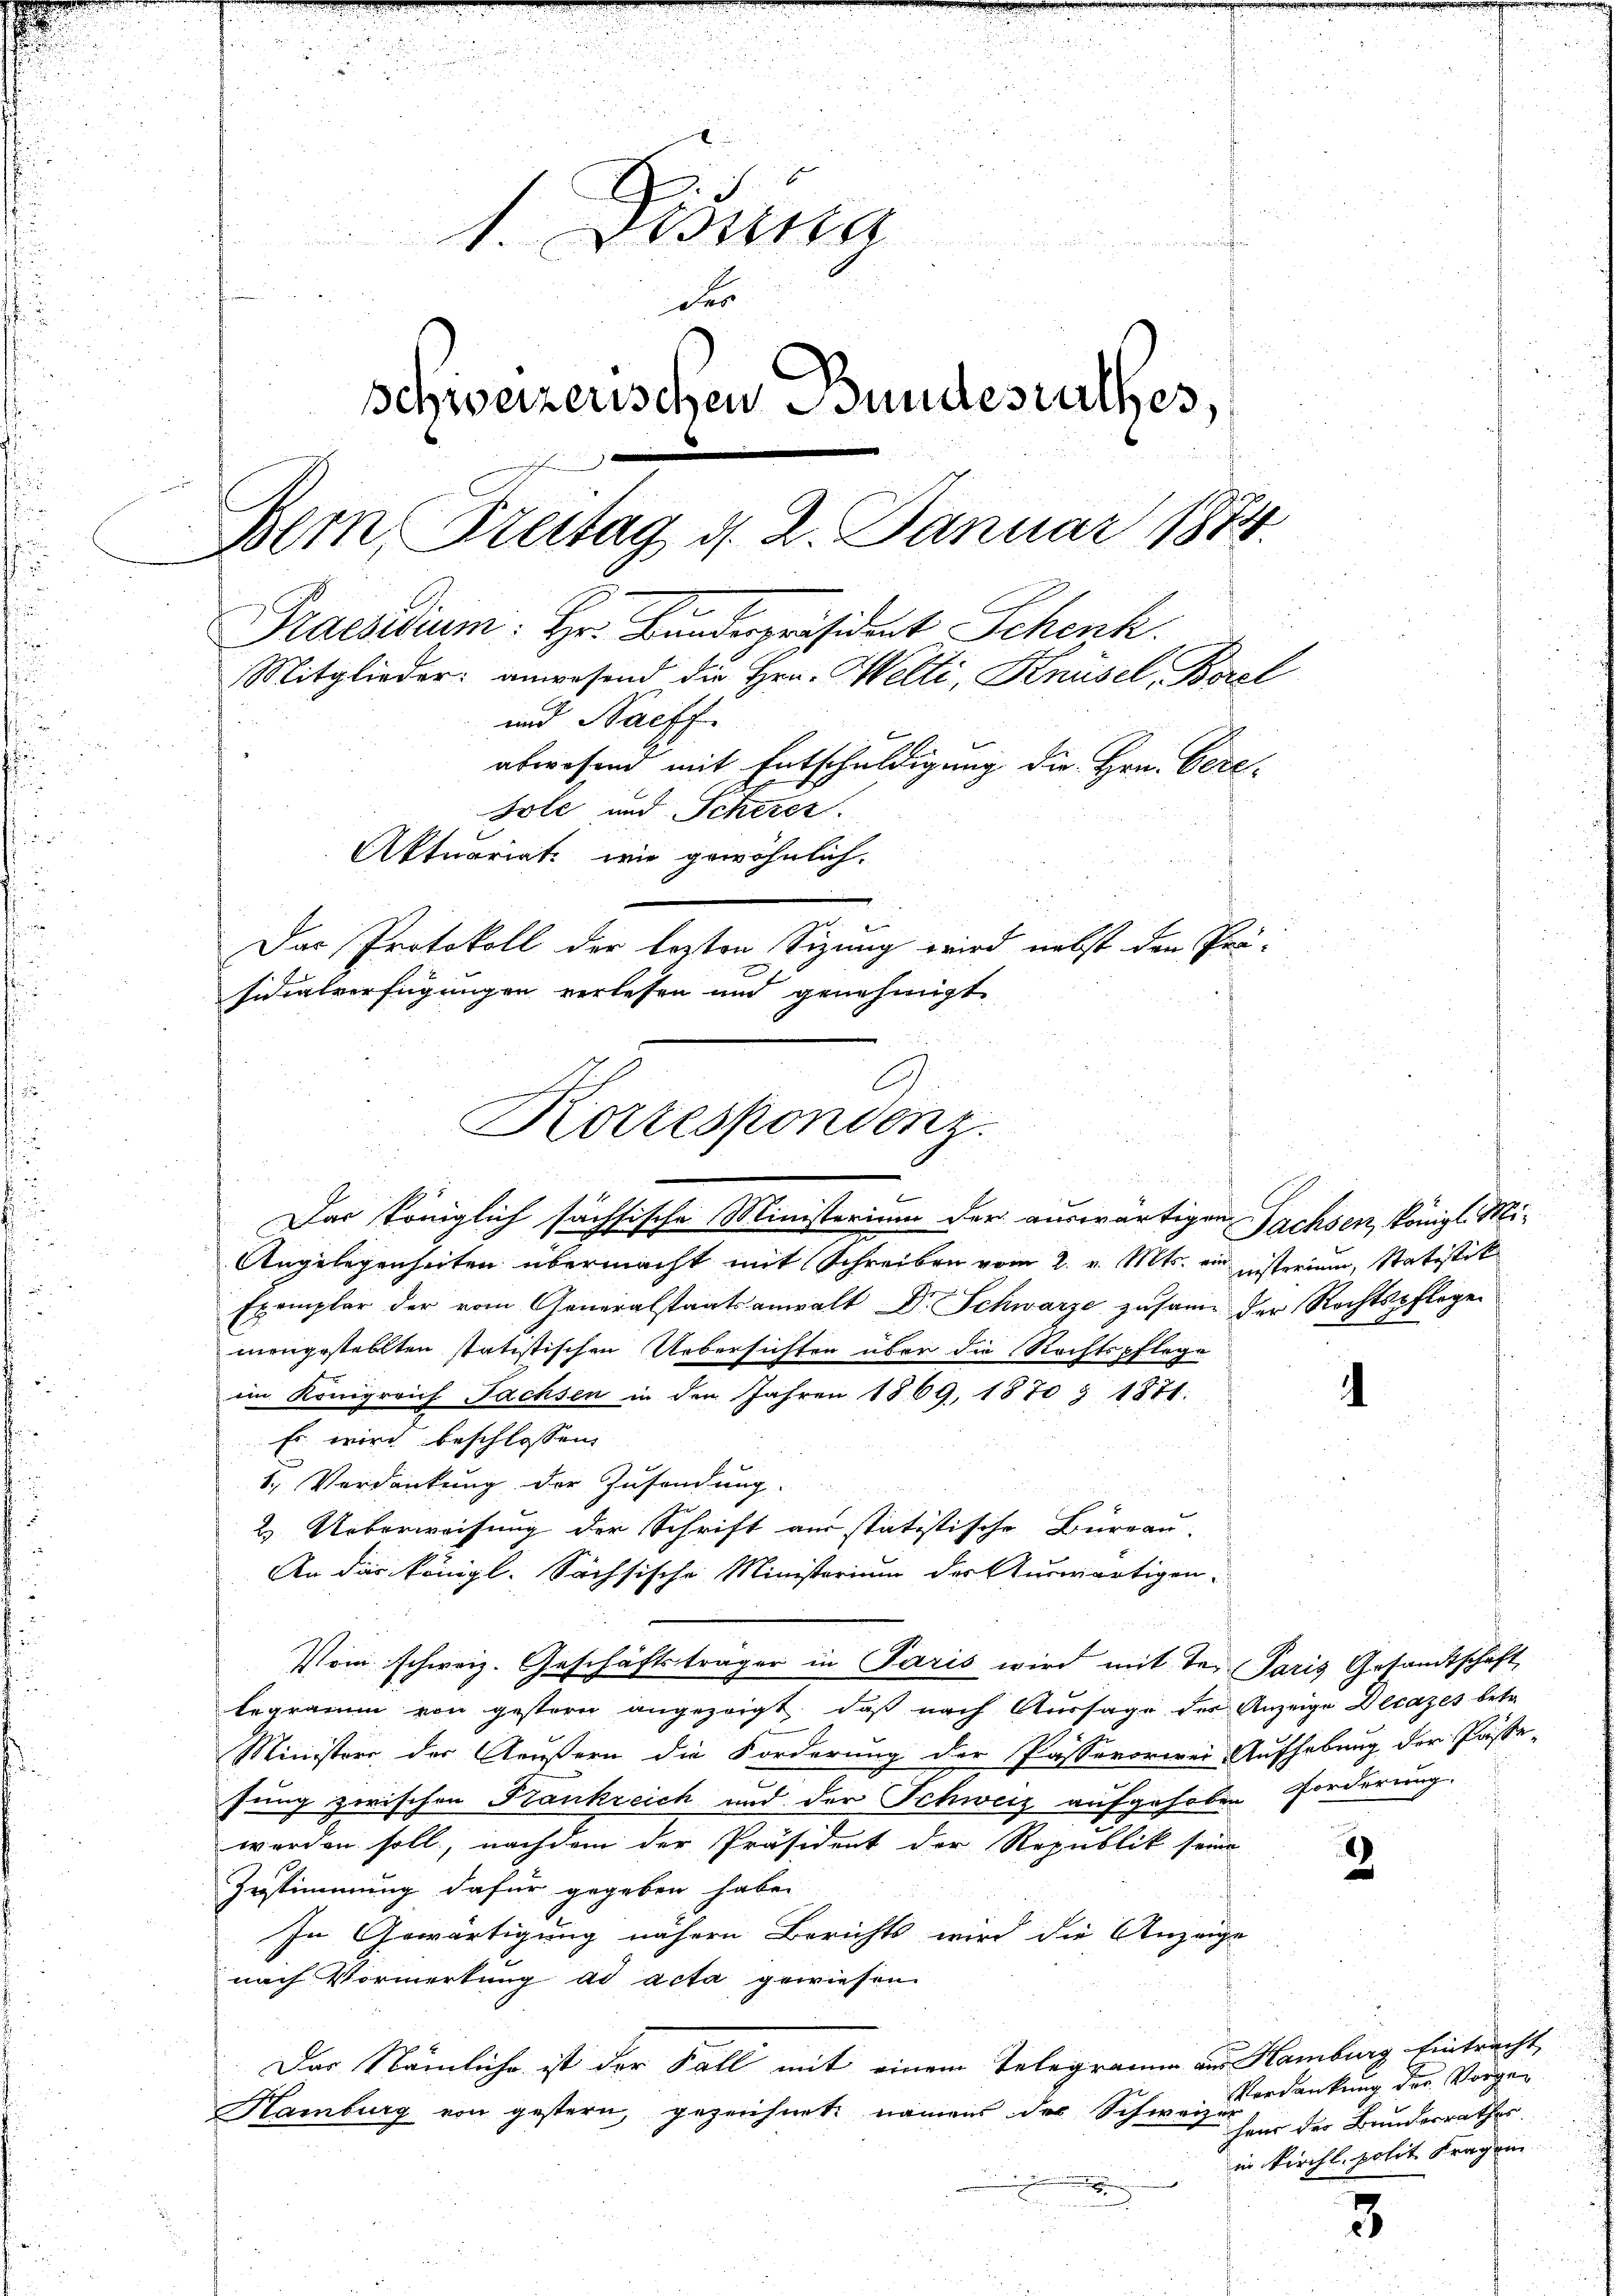
1. Disena
u
der
schweizerischen Bundesrathes,
Dem Freitag d. 2. Januar 1874.
Praesidium: Hr. Bundespräsident Schenk.
Mitglieder anwesend die Hrn. Welti, Knüsel, Borel
und Naeff
abwesend mit Entschuldigung die Hrn. Cere¬
Bole und Schirer.
Aktuariat wie gewöhnlich.
Das Protokoll der lezten Sizung wird nebst den Prä-
sidialverfügungen verlesen und genehmigt.

C
Korrespondenz.
u
Das Königlich sächsische Ministerium der auswärtigen Sachsen, königl. Mi¬

Angelegenheiten übermacht mit Schreiben vom 2. v. Mts. ein gesterium, Statistik
Exemplar der vom Generalstaatsanwalt Dr. Schwarze zusame der Rechtspflege
mengestellten statistischen Uebersichten über die Rechtspflege
im Königreich Fachsen in den Jahren 1869, 1870 & 1871:
Es wird beschlossen,
1. Verdankung der Zusendung.
2. Ueberweisung der Schrift aus statistische Büreau.
An dir königl. Sächsische Ministerium der Auswärtigen-
legramm von gestern angezeigt, daß nach Aussage der Anzeige Decazes betr.
Ministers der Aeußern die Forderung der Passavorwei Aufhebung der Pässe-
fung zwischen Frankreich und der Schweiz aufgehoben Forderung.
worden soll, nachdem der Präsident der Republik seine
Zustimmung dafür gegeben habe.
In Gewärtigung nähern Berichts wird die Anzeige
nach Vormerkung ad acta gewiesen
Das Nämliche ist der Fall mit einem Telegramm an Hamburg Eintracht,
Hamburg von gestern, gezeichnet, namens des Schwer Verdankung der Vorgen

Vom schweiz. Geschäftsträger in Paris wird mit der Paris Gesandtschaft

.

8

heur der Bunderrathes
in Kirchl. polit. Fragen